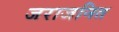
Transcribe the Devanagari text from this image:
जराजनित